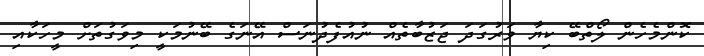
ކޮންމެހެން ލޯތްބޭ ކިޔާ ވަރުގަދަ ޖަޒުބާތެއް ނުއުފެދުނަސް އޭނަގެ ބޭނުމަކީ މިވަގުތަށް މީހަކާއި